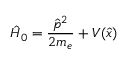
\hat { H } _ { 0 } = \frac { \hat { p } ^ { 2 } } { 2 m _ { e } } + V ( \hat { x } )